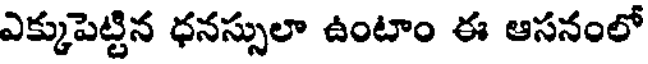
ఎక్కుపెట్టిన ధనస్సులా ఉంటాం ఈ ఆసనంలో